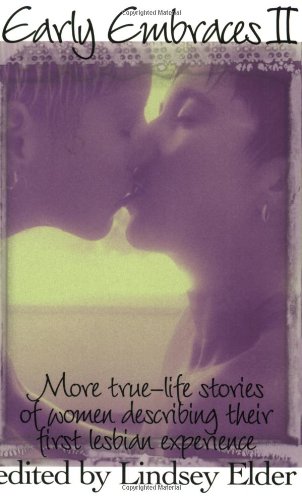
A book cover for Early Embraces 2: More True-Life Stories of Women Describing Their First Lesbian Experience (Bk. 2); Gay & Lesbian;